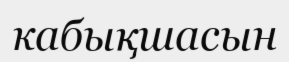
кабықшасын